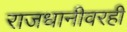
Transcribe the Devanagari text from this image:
राजधानीवरही